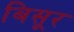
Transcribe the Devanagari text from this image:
बिसूर